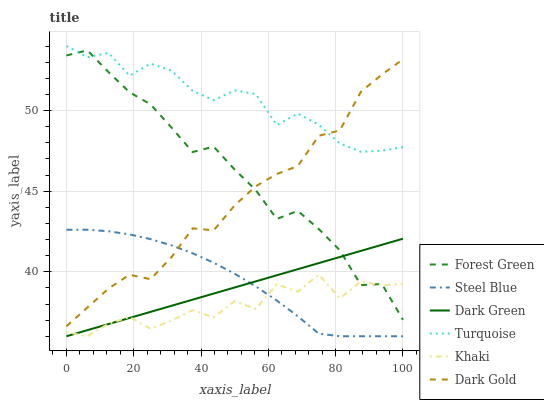
| xaxis_label | Forest Green | Steel Blue | Dark Green | Turquoise | Khaki | Dark Gold |
 | --- | --- | --- | --- | --- | --- | --- |
 | 0 | 53.4 | 42.6 | 36 | 54 | 36.3 | 36.6 |
 | 6.25 | 53.7 | 42.6 | 36.4 | 53.3 | 36 | 37.8 |
 | 12.5 | 52.4 | 42.5 | 36.8 | 53.6 | 36.8 | 39 |
 | 18.8 | 51.1 | 42.3 | 37.1 | 52.2 | 37.2 | 39.8 |
 | 25 | 50.4 | 42 | 37.5 | 52.9 | 36.5 | 39.5 |
 | 31.2 | 48.9 | 41.6 | 37.9 | 52.5 | 37 | 40.9 |
 | 37.5 | 47.4 | 41.1 | 38.3 | 51.2 | 37.6 | 42.7 |
 | 43.8 | 47.8 | 40.6 | 38.6 | 50.6 | 37.2 | 42.6 |
 | 50 | 46.3 | 39.9 | 39 | 51.2 | 38.2 | 44.1 |
 | 56.2 | 45.1 | 39.1 | 39.4 | 51 | 37.7 | 45.3 |
 | 62.5 | 43.3 | 38.2 | 39.8 | 49.1 | 39.2 | 46.1 |
 | 68.8 | 43.8 | 37.2 | 40.2 | 49.8 | 38.8 | 46.6 |
 | 75 | 42.6 | 36.2 | 40.5 | 49.1 | 39.8 | 48.4 |
 | 81.2 | 41.3 | 36 | 40.9 | 48 | 38.4 | 48.8 |
 | 87.5 | 39.2 | 36 | 41.3 | 47.4 | 39.4 | 51.2 |
 | 93.8 | 39.2 | 36 | 41.7 | 47.5 | 39.1 | 52.2 |
 | 100 | 37 | 36 | 42.1 | 47.7 | 39.3 | 53.2 |